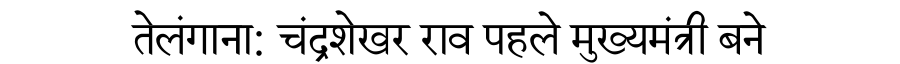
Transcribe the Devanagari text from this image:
तेलंगाना: चंद्रशेखर राव पहले मुख्यमंत्री बने